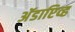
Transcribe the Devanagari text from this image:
अॅडाप्टिव्ह